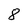
Character: 8